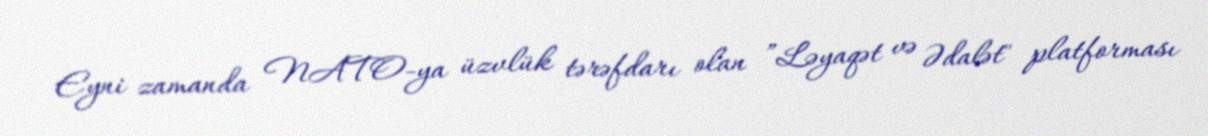
Eyni zamanda NATO-ya üzvlük tərəfdarı olan ”Ləyaqət və Ədalət" platforması